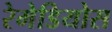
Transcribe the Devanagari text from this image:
रेमेडियोस